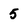
Character: 5